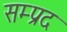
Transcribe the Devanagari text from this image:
सम्प्रद